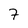
Character: 7